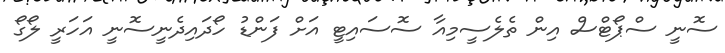
ސޮނީ ސްޕޯޓްސް އިން ތެލެސީމިއާ ސޮސައިޓީ އަށް ފަންޑު ހޯދައިދެނީސޮނީ އަހަރީ ލޯގޯ